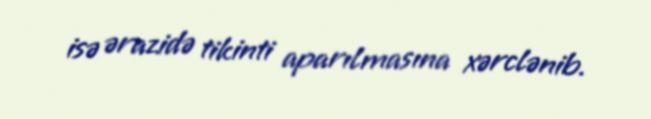
isə ərazidə tikinti aparılmasına xərclənib.